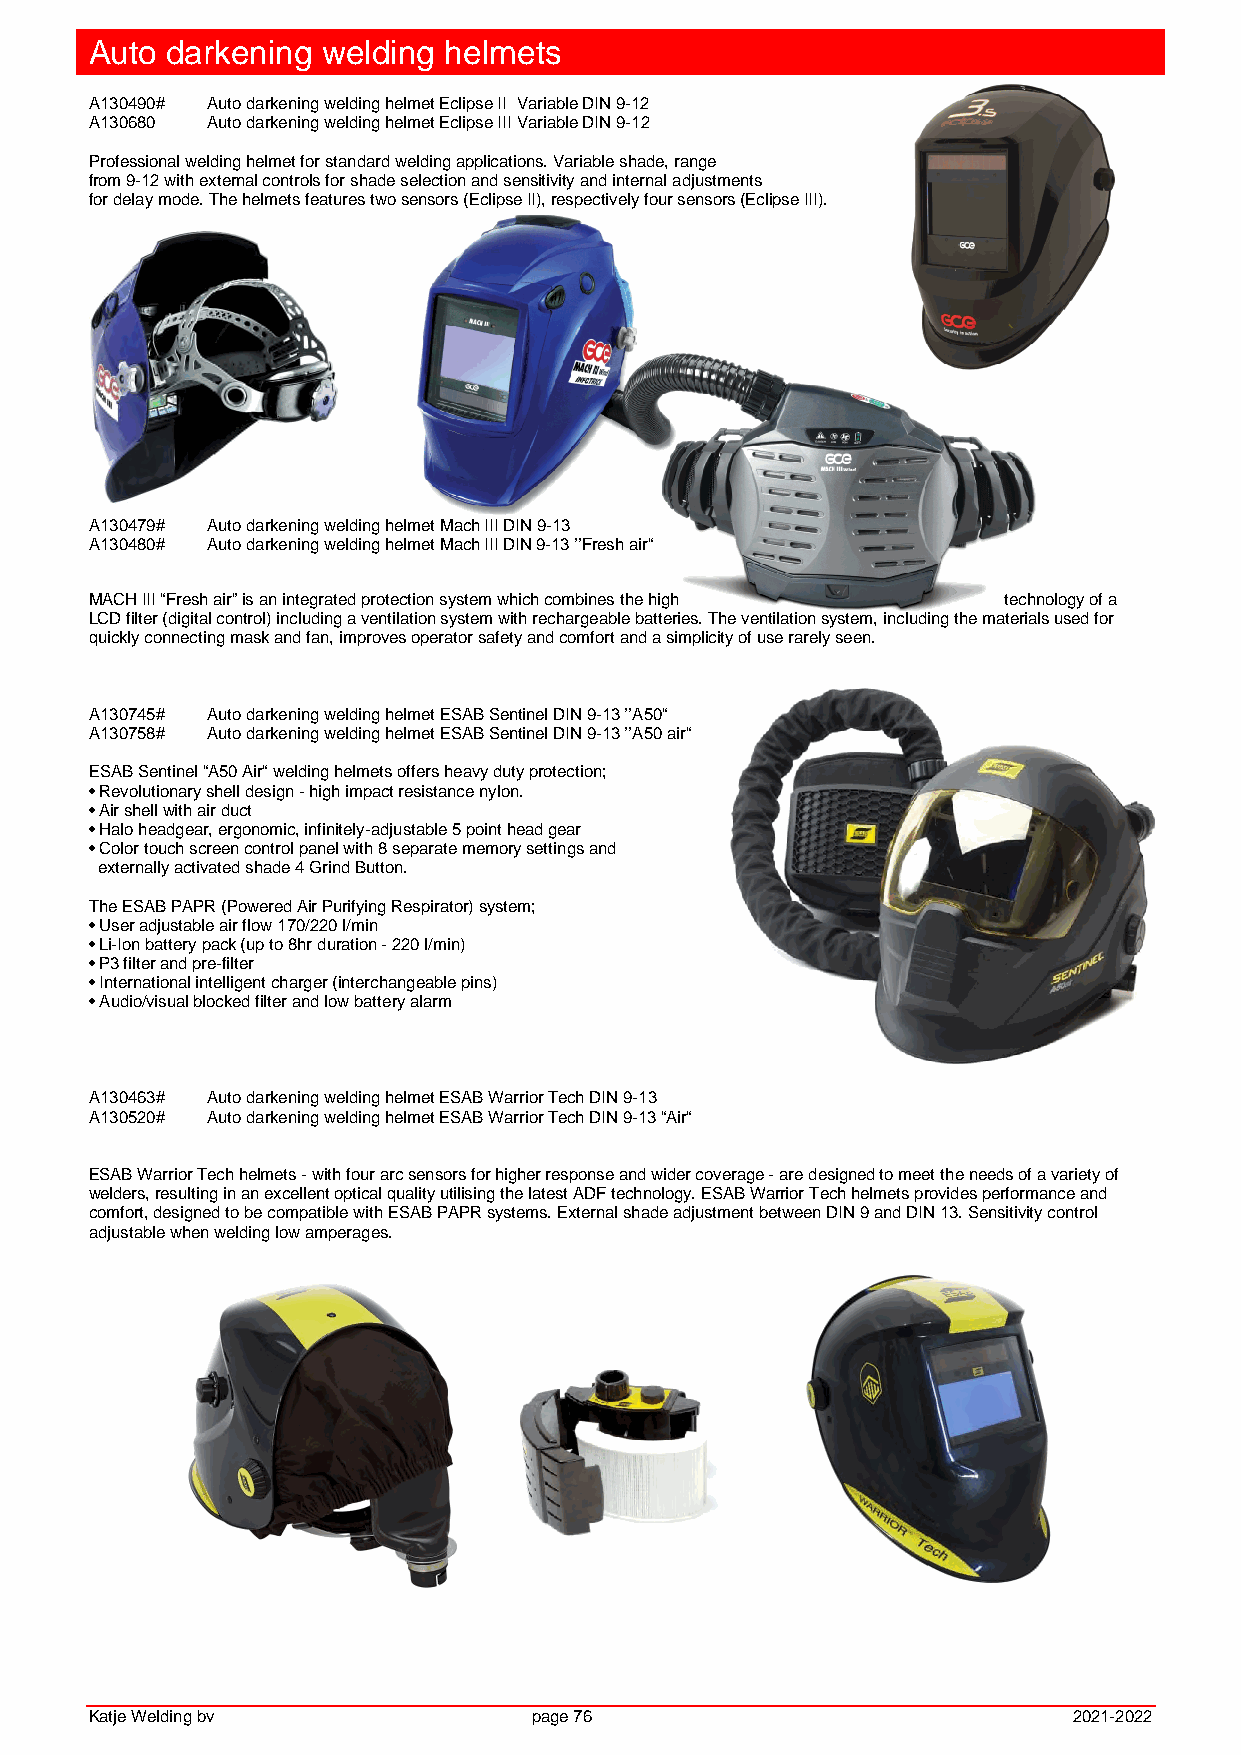
Auto darkening welding helmets
 A130490# Auto darkening welding helmet Eclipse II Variable DIN 9-12
 A130680 Auto darkening welding helmet Eclipse III Variable DIN 9-12
 Professional welding helmet for standard welding applications. Variable shade, range
 from 9-12 with external controls for shade selection and sensitivity and internal adjustments
 for delay mode. The helmets features two sensors (Eclipse II), respectively four sensors (Eclipse III).
 A130479# Auto darkening welding helmet Mach III DIN 9-13
 A130480# Auto darkening welding helmet Mach III DIN 9-13 ’’Fresh air“
 MACH III “Fresh air” is an integrated protection system which combines the high technology of a
 LCD filter (digital control) including a ventilation system with rechargeable batteries. The ventilation system, including the materials used for
 quickly connecting mask and fan, improves operator safety and comfort and a simplicity of use rarely seen.
 A130745# Auto darkening welding helmet ESAB Sentinel DIN 9-13 ’’A50“
 A130758# Auto darkening welding helmet ESAB Sentinel DIN 9-13 ’’A50 air“
 ESAB Sentinel “A50 Air“ welding helmets offers heavy duty protection;
 • Revolutionary shell design - high impact resistance nylon.
 • Air shell with air duct
 • Halo headgear, ergonomic, infinitely-adjustable 5 point head gear
 • Color touch screen control panel with 8 separate memory settings and
 externally activated shade 4 Grind Button.
 The ESAB PAPR (Powered Air Purifying Respirator) system;
 • User adjustable air flow 170/220 l/min
 • Li-Ion battery pack (up to 8hr duration - 220 l/min)
 • P3 filter and pre-filter
 • International intelligent charger (interchangeable pins)
 • Audio/visual blocked filter and low battery alarm
 A130463# Auto darkening welding helmet ESAB Warrior Tech DIN 9-13
 A130520# Auto darkening welding helmet ESAB Warrior Tech DIN 9-13 “Air“
 ESAB Warrior Tech helmets - with four arc sensors for higher response and wider coverage - are designed to meet the needs of a variety of
 welders, resulting in an excellent optical quality utilising the latest ADF technology. ESAB Warrior Tech helmets provides performance and
 comfort, designed to be compatible with ESAB PAPR systems. External shade adjustment between DIN 9 and DIN 13. Sensitivity control
 adjustable when welding low amperages.
 Katje Welding bv             page 76                             2021-2022